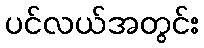
ပင်လယ်အတွင်း